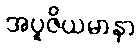
အပူဇိယမာနာ